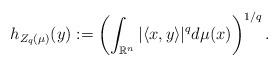
LaTeX: \begin{align*}h_{Z_q(\mu )}(y):= \left(\int_{{\mathbb R}^n} |\langle x,y\rangle|^{q}d\mu (x) \right)^{1/q}.\end{align*}